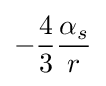
-{\frac {4}{3}}{\frac {\alpha _{s}}{\;r\;}}